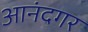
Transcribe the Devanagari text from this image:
आनंदगर